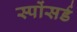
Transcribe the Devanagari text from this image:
स्पोंसर्ड